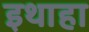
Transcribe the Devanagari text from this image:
इथाहा